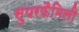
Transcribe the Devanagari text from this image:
सुपरफैमिली